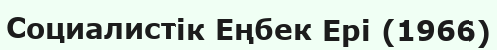
Социалистік Еңбек Ері (1966)